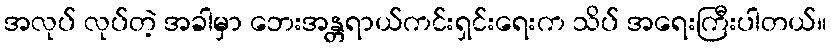
အလုပ် လုပ်တဲ့ အခါမှာ ဘေးအန္တရာယ်ကင်းရှင်းရေးက သိပ် အရေးကြီးပါတယ်။